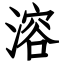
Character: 溶